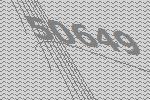
50649